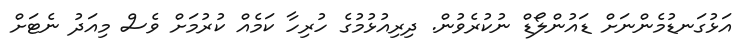
އަޅުގަނޑުމެންނަށް ޑައުންލޯޑް ނުކުރެވުން. ދިރިއުޅުމުގެ ހުރިހާ ކަމެއް ކުރުމަށް ވެސް މިއަދު ނެޓަށް